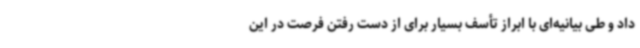
داد و طی بیانیه‌ای با ابراز تأسف بسیار برای از دست رفتن فرصت در این